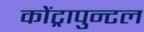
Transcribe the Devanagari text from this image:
कोंट्रापुन्टल